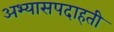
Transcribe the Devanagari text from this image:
अभ्यासपदाहती